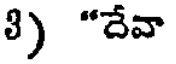
3) "దేవా